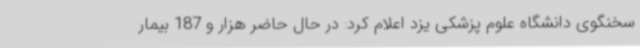
سخنگوی دانشگاه علوم پزشکی یزد اعلام کرد: در حال حاضر هزار و 187 بیمار